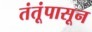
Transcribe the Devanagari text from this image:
तंतूंपासून